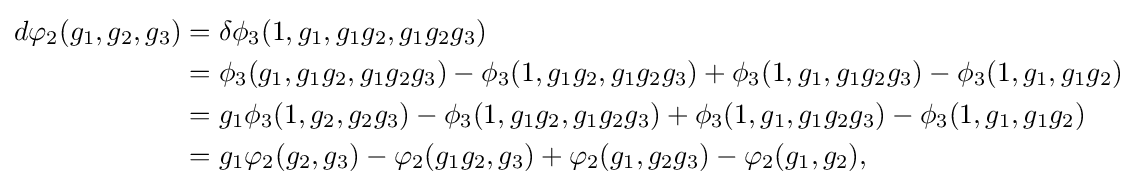
{\begin{aligned}d\varphi _{2}(g_{1},g_{2},g_{3})&=\delta \phi _{3}(1,g_{1},g_{1}g_{2},g_{1}g_{2}g_{3})\\&=\phi _{3}(g_{1},g_{1}g_{2},g_{1}g_{2}g_{3})-\phi _{3}(1,g_{1}g_{2},g_{1}g_{2}g_{3})+\phi _{3}(1,g_{1},g_{1}g_{2}g_{3})-\phi _{3}(1,g_{1},g_{1}g_{2})\\&=g_{1}\phi _{3}(1,g_{2},g_{2}g_{3})-\phi _{3}(1,g_{1}g_{2},g_{1}g_{2}g_{3})+\phi _{3}(1,g_{1},g_{1}g_{2}g_{3})-\phi _{3}(1,g_{1},g_{1}g_{2})\\&=g_{1}\varphi _{2}(g_{2},g_{3})-\varphi _{2}(g_{1}g_{2},g_{3})+\varphi _{2}(g_{1},g_{2}g_{3})-\varphi _{2}(g_{1},g_{2}),\end{aligned}}